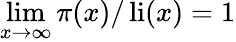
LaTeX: \operatorname*{lim}_{x\rightarrow\infty}\pi(x)/\operatorname{li}(x)=1